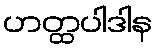
ဟတ္ထပါဒါန